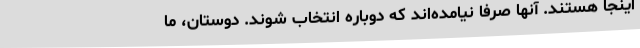
اینجا هستند. آنها صرفا نیامده‌اند که دوباره انتخاب شوند. دوستان، ما